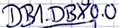
Text: DB1.DBX0.0